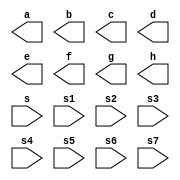
//-------------------------------
// EXTRA 01
// Luiz Marques de Oliveira
// 417130
//-------------------------------


module complemento1(output a,output b,output c,output d,output e,output f,output g,output h, input s,input s1,input s2,input s3,input s4,input s5,input s6, input s7);

endmodule



module testnandgate;
reg a,b,c,d,e,f,g,h;
wire s;

not NOT1(s,a);
not NOT2(s1,b);
not NOT3(s2,c);
not NOT4(s3,d);
not NOT5(s4,e);
not NOT6(s5,f);
not NOT7(s6,g);
not NOT8(s7,h);

initial begin:start
	a=0;b=0;c=0;d=0;e=0;f=0;g=0;h=0;
	
	
	end
	
	
	initial begin:main
	$display("Extra - Luiz Marques de Oliveira");
	$display("Complemento de 1");

	$monitor("   %b %b %b %b %b %b %b %b  = %b %b %b %b %b %b %b %b )", a,b,c,d,e,f,g,h,s,s1,s2,s3,s4,s5,s6,s7);
	
#1 a=1;b=0;c=0;d=0;e=0;f=0;g=0;h=1;
#1 a=1;b=1;c=1;d=1;e=0;f=0;g=0;h=0;
#1 a=1;b=1;c=1;d=1;e=1;f=1;g=1;h=1;
	end
	
	endmodule // test